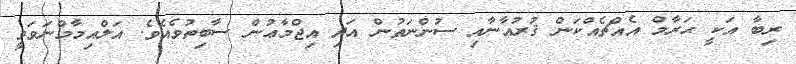
ރިބާ އަކީ ޙަރާމް އެއްޗެއްކަން ޤުރުއާނާއި ސުންނަތުން އަދި އިޖްމާޢުން ސާބިތުވެއެވެ. އަލްއިމާމްނަވަވީ